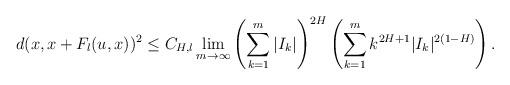
LaTeX: \begin{align*}d(x,x+F_{l}(u,x))^{2}\leq C_{H,l}\lim_{m\to\infty}\left(\sum_{k=1}^{m}|I_{k}|\right)^{2H}\left(\sum_{k=1}^{m}k^{2H+1}|I_{k}|^{2(1-H)}\right).\end{align*}